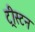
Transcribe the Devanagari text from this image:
ट्रीस्टन